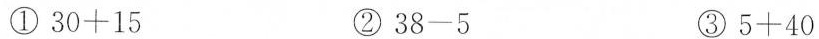
①$$3 0 + 1 5$$ ②$$3 8 - 5$$ ③$$5 + 4 0$$